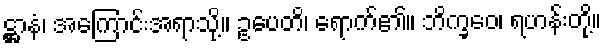
ဋ္ဌာနံ၊ အကြောင်းအရာသို့။ ဥပေတိ၊ ရောက်၏။ ဘိက္ခဝေ၊ ရဟန်းတို့။